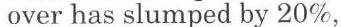
 over has slumped by 20%,